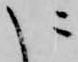
に